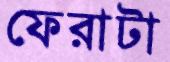
ফেরাটা